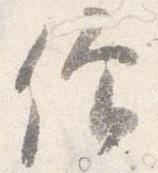
僧